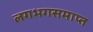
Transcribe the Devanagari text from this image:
लगभगसमाप्त